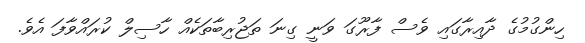
ހިންގުމުގެ ދާއިރާގައި ވެސް ފާރޫގަ ވަނީ ގިނަ ތަޖުރިބާތަކެއް ހާސިލް ކުރައްވާފަ އެވެ.